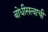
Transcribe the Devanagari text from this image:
बोधीसत्वाची